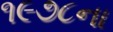
૧૯૭૮ના